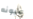
عيونه